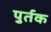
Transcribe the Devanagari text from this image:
पुर्तक